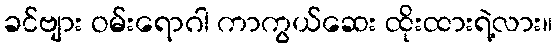
ခင်ဗျား ဝမ်းရောဂါ ကာကွယ်ဆေး ထိုးထားရဲ့လား။